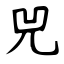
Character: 兕